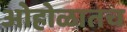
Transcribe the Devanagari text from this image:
ओहोळातच